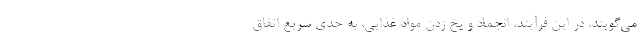
می‌گویند. در این فرآیند، انجماد و یخ زدن مواد غذایی، به حدی سریع اتفاق